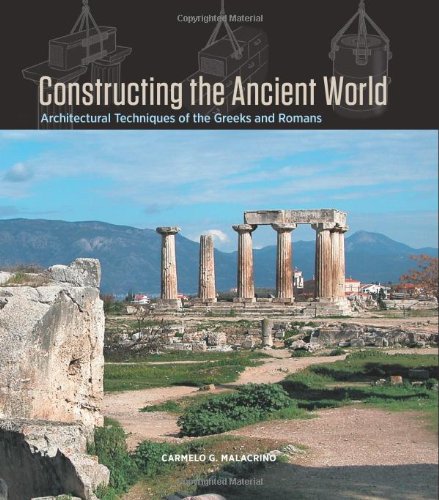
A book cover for Constructing the Ancient World: Architectural Techniques of the Greeks and Romans; Carmelo Malacrino; History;